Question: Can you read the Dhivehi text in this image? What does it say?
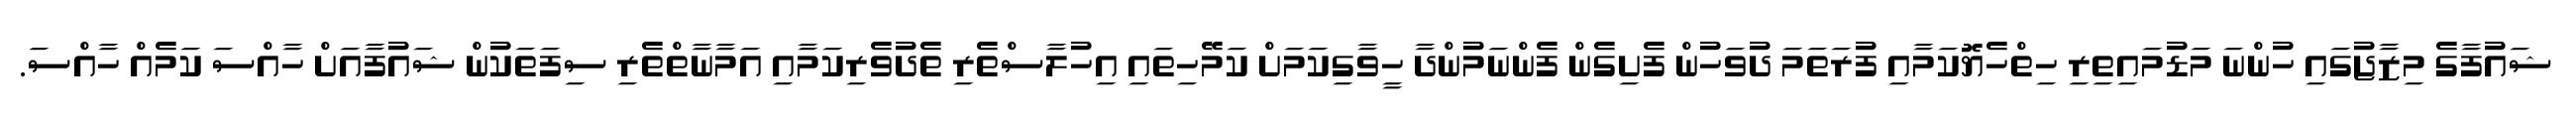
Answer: ޝައުފާގެ މިޒާޖުގައި ހުންނަ މަޑުމައިތިރި ހިތްހެޔޮކަމާއި ފުރަތަމަ ދުވަހުން ފެށިގެން ފެންނަމުންދާ ހީވާގިކަމަށް ކަމޭހިތައި އިހުލާސްތެރި ތެދުވެރިކަމާއި އަމާނާތްތެރި ސިފަތަކުން ޝައުފާއަށް ހާއްސަ ކަމެއް ހާއްސަ.